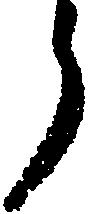
う